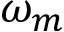
\omega _ { m }